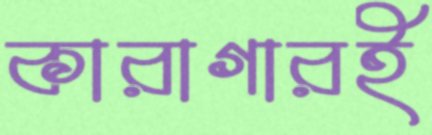
কারাগারই